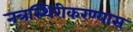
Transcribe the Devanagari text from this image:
नत्रस्थिरीकरण्यास